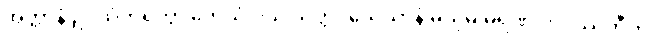
အတ္တာနံ ဥပသံဟရိတွာ တေသံ ဝိယ သတ္တဝိသေသာနံ မယှမ္ပိ မရဏံ ဘဝိဿတီတိ